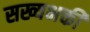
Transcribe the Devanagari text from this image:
सख्यभक्ती